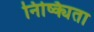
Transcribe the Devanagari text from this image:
निष्क्यिता